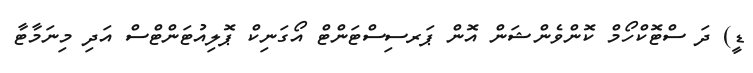
ޑީ) ދަ ސްޓޮކްހޯމް ކޮންވެންޝަން އޮން ޕަރސިސްޓަންޓް އޯގަނިކް ޕޮލިއުޓަންޓްސް އަދި މިނަމާޓާ